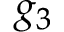
g _ { 3 }